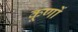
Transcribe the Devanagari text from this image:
कूणों